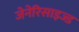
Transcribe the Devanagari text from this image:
जेनेरिसाइज्ड